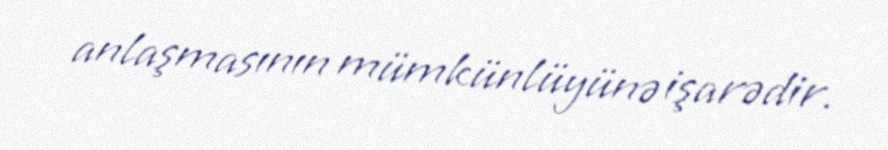
anlaşmasının mümkünlüyünə işarədir.